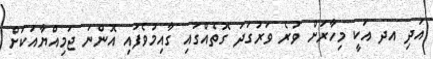
އަދި އދ އަކީ މިހާރަށް ވުރެ ވަރުގަދަ ގޮތެއްގައި ގާއިމުވެފައި އޮންނަ ޖަމިއްޔާއަކަށް